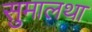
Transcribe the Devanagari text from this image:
सुमालथा